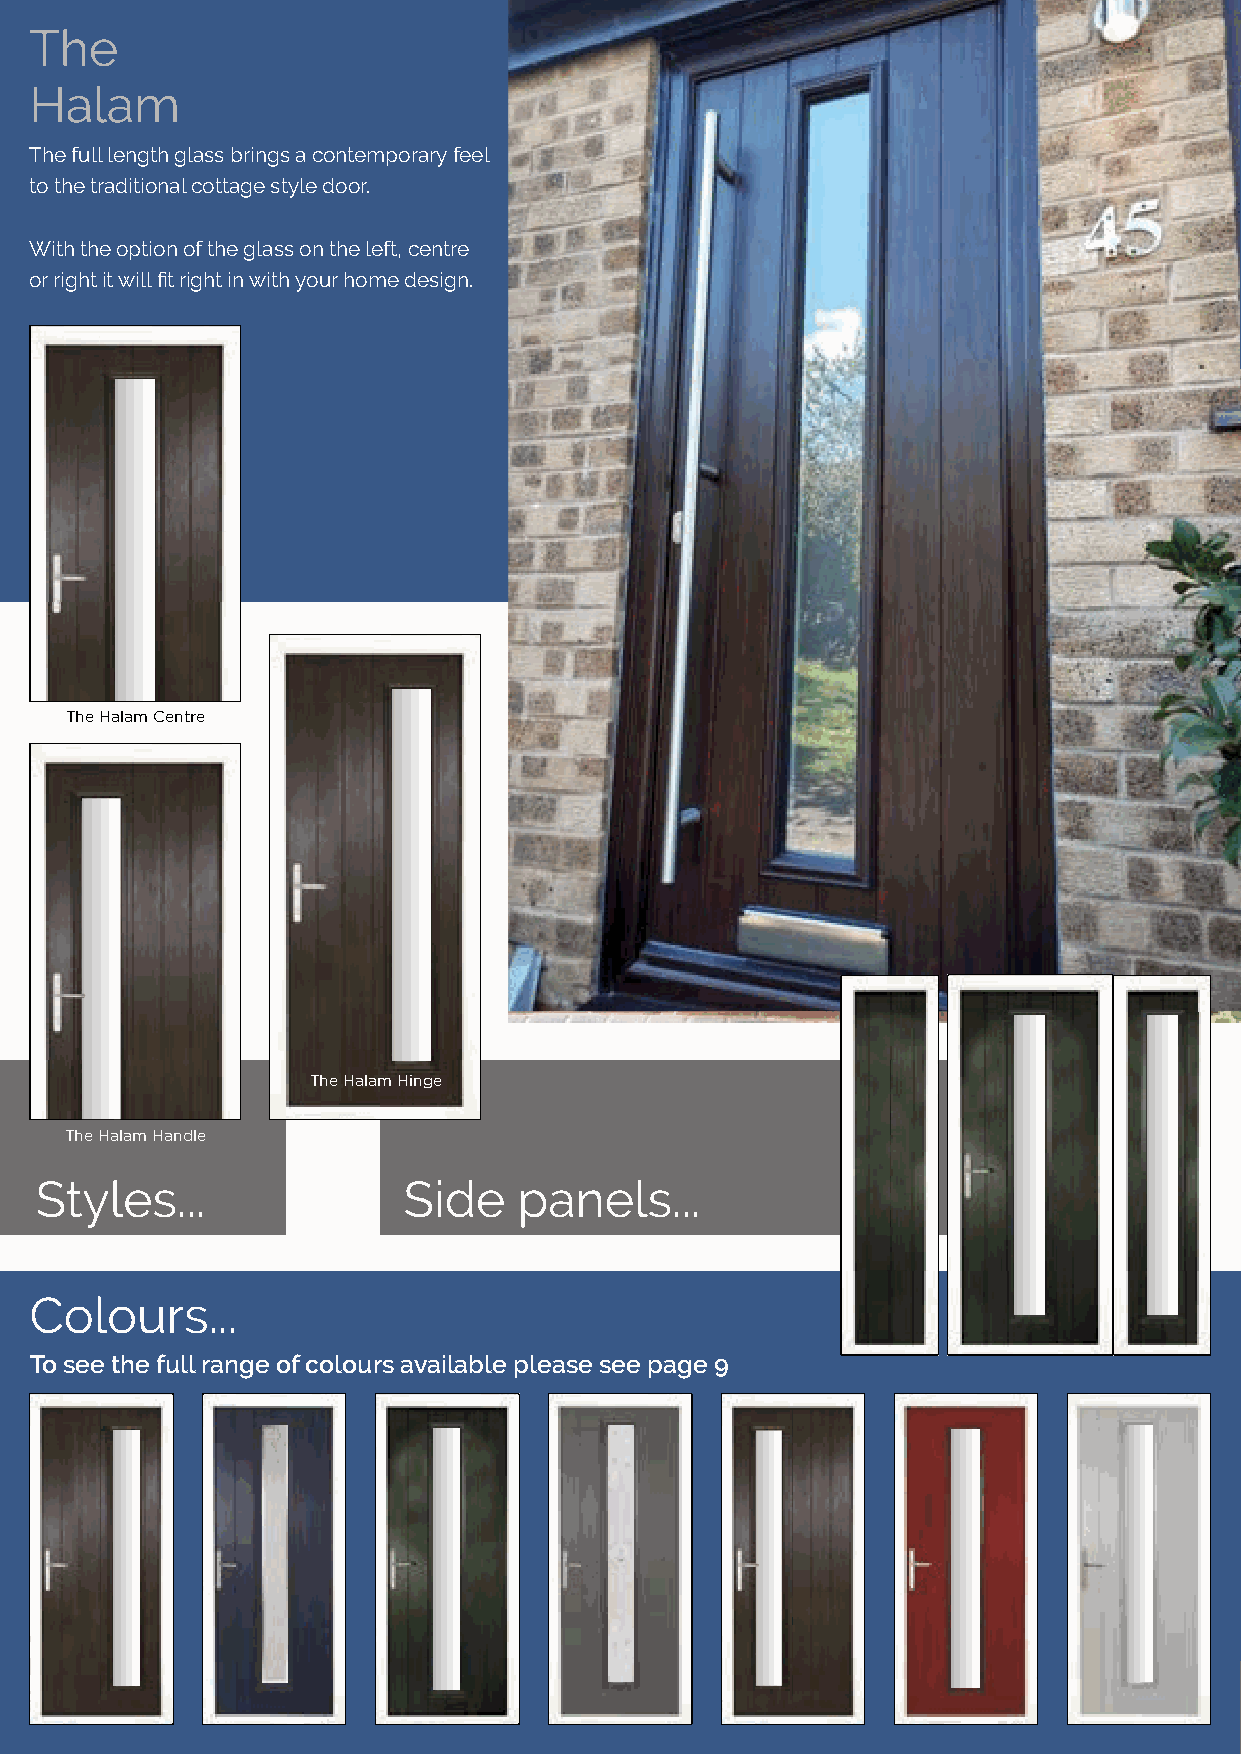
TThhee
 HHaallaamm
 TThhee ffuullll lleennggtthh ggllaassss bbrriinnggss aa ccoonntteemmppoorraarryy ffeeeell
 ttoo tthhee ttrraaddiittiioonnaall ccoottttaaggee ssttyyllee ddoooorr..
 WWiitthh tthhee ooppttiioonn ooff tthhee ggllaassss oonn tthhee lleefftt,, cceennttrree
 oorr rriigghhtt iitt wwiillll fifi tt rriigghhtt iinn wwiitthh yyoouurr hhoommee ddeessiiggnn..
 TThhee HHaallaamm CCeennttrree
 TThhee HHaallaamm HHiinnggee
 TThhee HHaallaamm HHaannddllee
 SSttyylleess......       SSiiddee ppaanneellss......
 CCoolloouurrss......
 TToo sseeee tthhee ffuullll rraannggee ooff ccoolloouurrss aavvaaiillaabbllee pplleeaassee sseeee ppaaggee 99